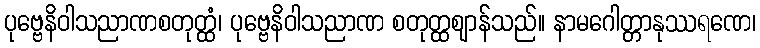
ပုဗ္ဗေနိဝါသညာဏစတုတ္ထံ၊ ပုဗ္ဗေနိဝါသညာဏ စတုတ္ထဈာန်သည်။ နာမဂေါတ္တာနုဿရဏေ၊